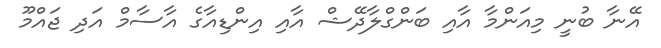
އޭނާ ބުނީ މިއަންމާ އާއި ބަންގްލާދޭޝް އާއި އިންޑިއާގެ އާސާމް އަދި ޖައްމޫ